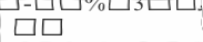
٧٥